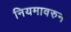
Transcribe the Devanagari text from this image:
नियमावरुन